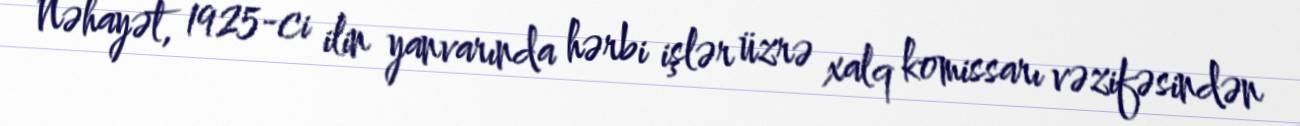
Nəhayət, 1925-ci ilin yanvarında hərbi işlər üzrə xalq komissarı vəzifəsindən